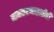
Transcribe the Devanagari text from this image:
नामकरणासाठीही